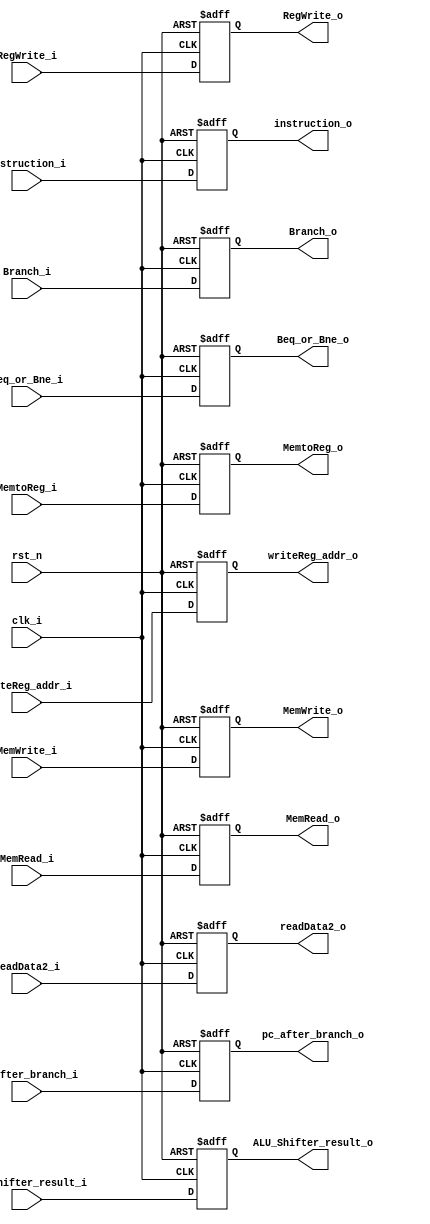
module EX_MEM (clk_i, rst_n, RegWrite_i, MemtoReg_i, Branch_i, MemRead_i, MemWrite_i, pc_after_branch_i, Beq_or_Bne_i, ALU_Shifter_result_i, readData2_i, writeReg_addr_i, instruction_i,
	RegWrite_o, MemtoReg_o, Branch_o, MemRead_o, MemWrite_o, pc_after_branch_o, Beq_or_Bne_o, ALU_Shifter_result_o, readData2_o, writeReg_addr_o, instruction_o
);

input clk_i, rst_n;
input RegWrite_i, MemtoReg_i, Branch_i, MemRead_i, MemWrite_i, Beq_or_Bne_i;
input [31:0] pc_after_branch_i, ALU_Shifter_result_i, readData2_i, instruction_i;
input [4:0] writeReg_addr_i;

output reg RegWrite_o, MemtoReg_o, Branch_o, MemRead_o, MemWrite_o, Beq_or_Bne_o;
output reg [31:0] pc_after_branch_o, ALU_Shifter_result_o, readData2_o, instruction_o;
output reg [4:0] writeReg_addr_o;

always@(posedge clk_i or negedge rst_n)
begin
	if(rst_n == 0)
	begin
		RegWrite_o <= 1'd0;
		MemtoReg_o <= 1'd0;
		Branch_o <= 1'd0;
		MemRead_o <= 1'd0;
		MemWrite_o <= 1'd0;
		pc_after_branch_o <= 32'd0;
		Beq_or_Bne_o <= 1'd0;
		ALU_Shifter_result_o <= 32'd0;
		readData2_o <= 32'd0;
		writeReg_addr_o <= 5'd0;
		instruction_o <= 32'd0;
		
	end
	else
	begin
		RegWrite_o <= RegWrite_i;
		MemtoReg_o <= MemtoReg_i;
		Branch_o <= Branch_i;
		MemRead_o <= MemRead_i;
		MemWrite_o <= MemWrite_i;
		pc_after_branch_o <= pc_after_branch_i;
		Beq_or_Bne_o <= Beq_or_Bne_i;
		ALU_Shifter_result_o <= ALU_Shifter_result_i;
		readData2_o <= readData2_i;
		writeReg_addr_o <= writeReg_addr_i;
		instruction_o <= instruction_i;
		
	end
end
endmodule